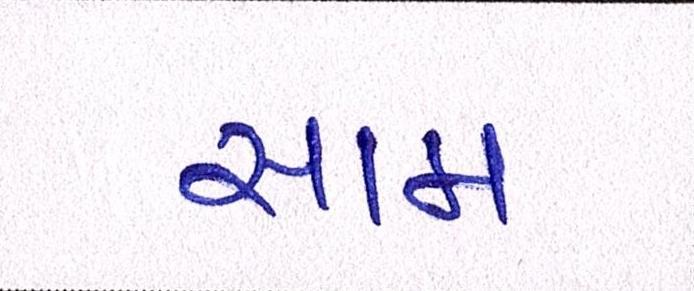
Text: સામ